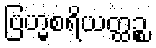
ဗြဟ္မစရိယတ္ထဉ္စ